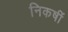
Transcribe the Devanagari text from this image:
निकषीं